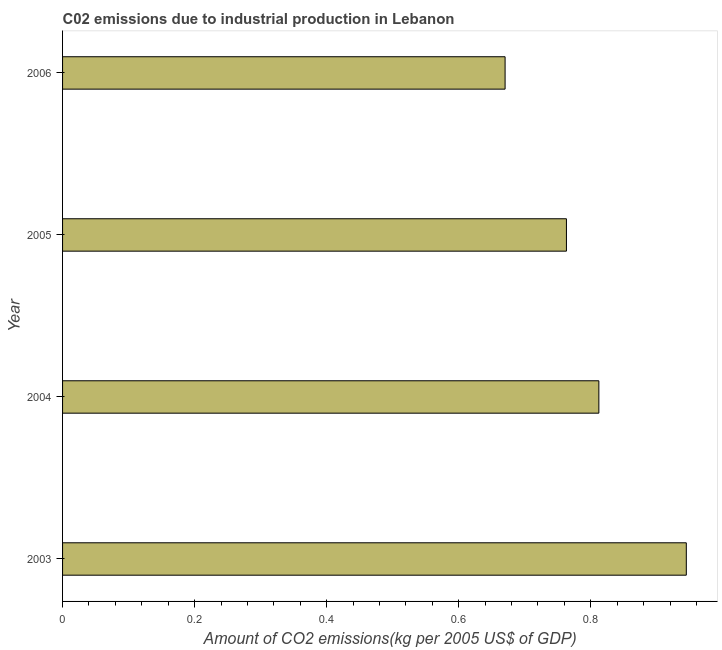
| Year | CO2 emissions  |
 | --- | --- |
 | 2003 | 0.945 |
 | 2004 | 0.812 |
 | 2005 | 0.763 |
 | 2006 | 0.67 |